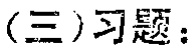
(三)习题：